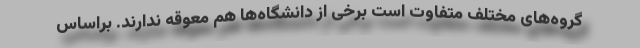
گروه‌های مختلف متفاوت است برخی از دانشگاه‌ها هم معوقه ندارند. براساس